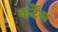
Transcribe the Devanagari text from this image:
कर्टेंस